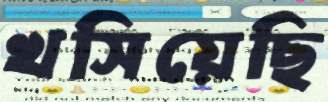
খসিয়েছি